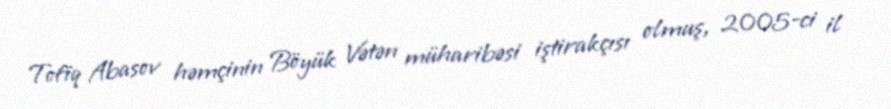
Tofiq Abasov həmçinin Böyük Vətən müharibəsi iştirakçısı olmuş, 2005-ci il